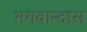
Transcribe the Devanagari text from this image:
भगवान्दास